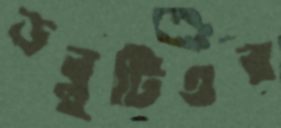
ডব্লুটিএর